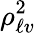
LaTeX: \rho_{\ell v}^{2}